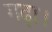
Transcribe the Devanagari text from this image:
गढ़ा।